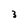
Character: 3